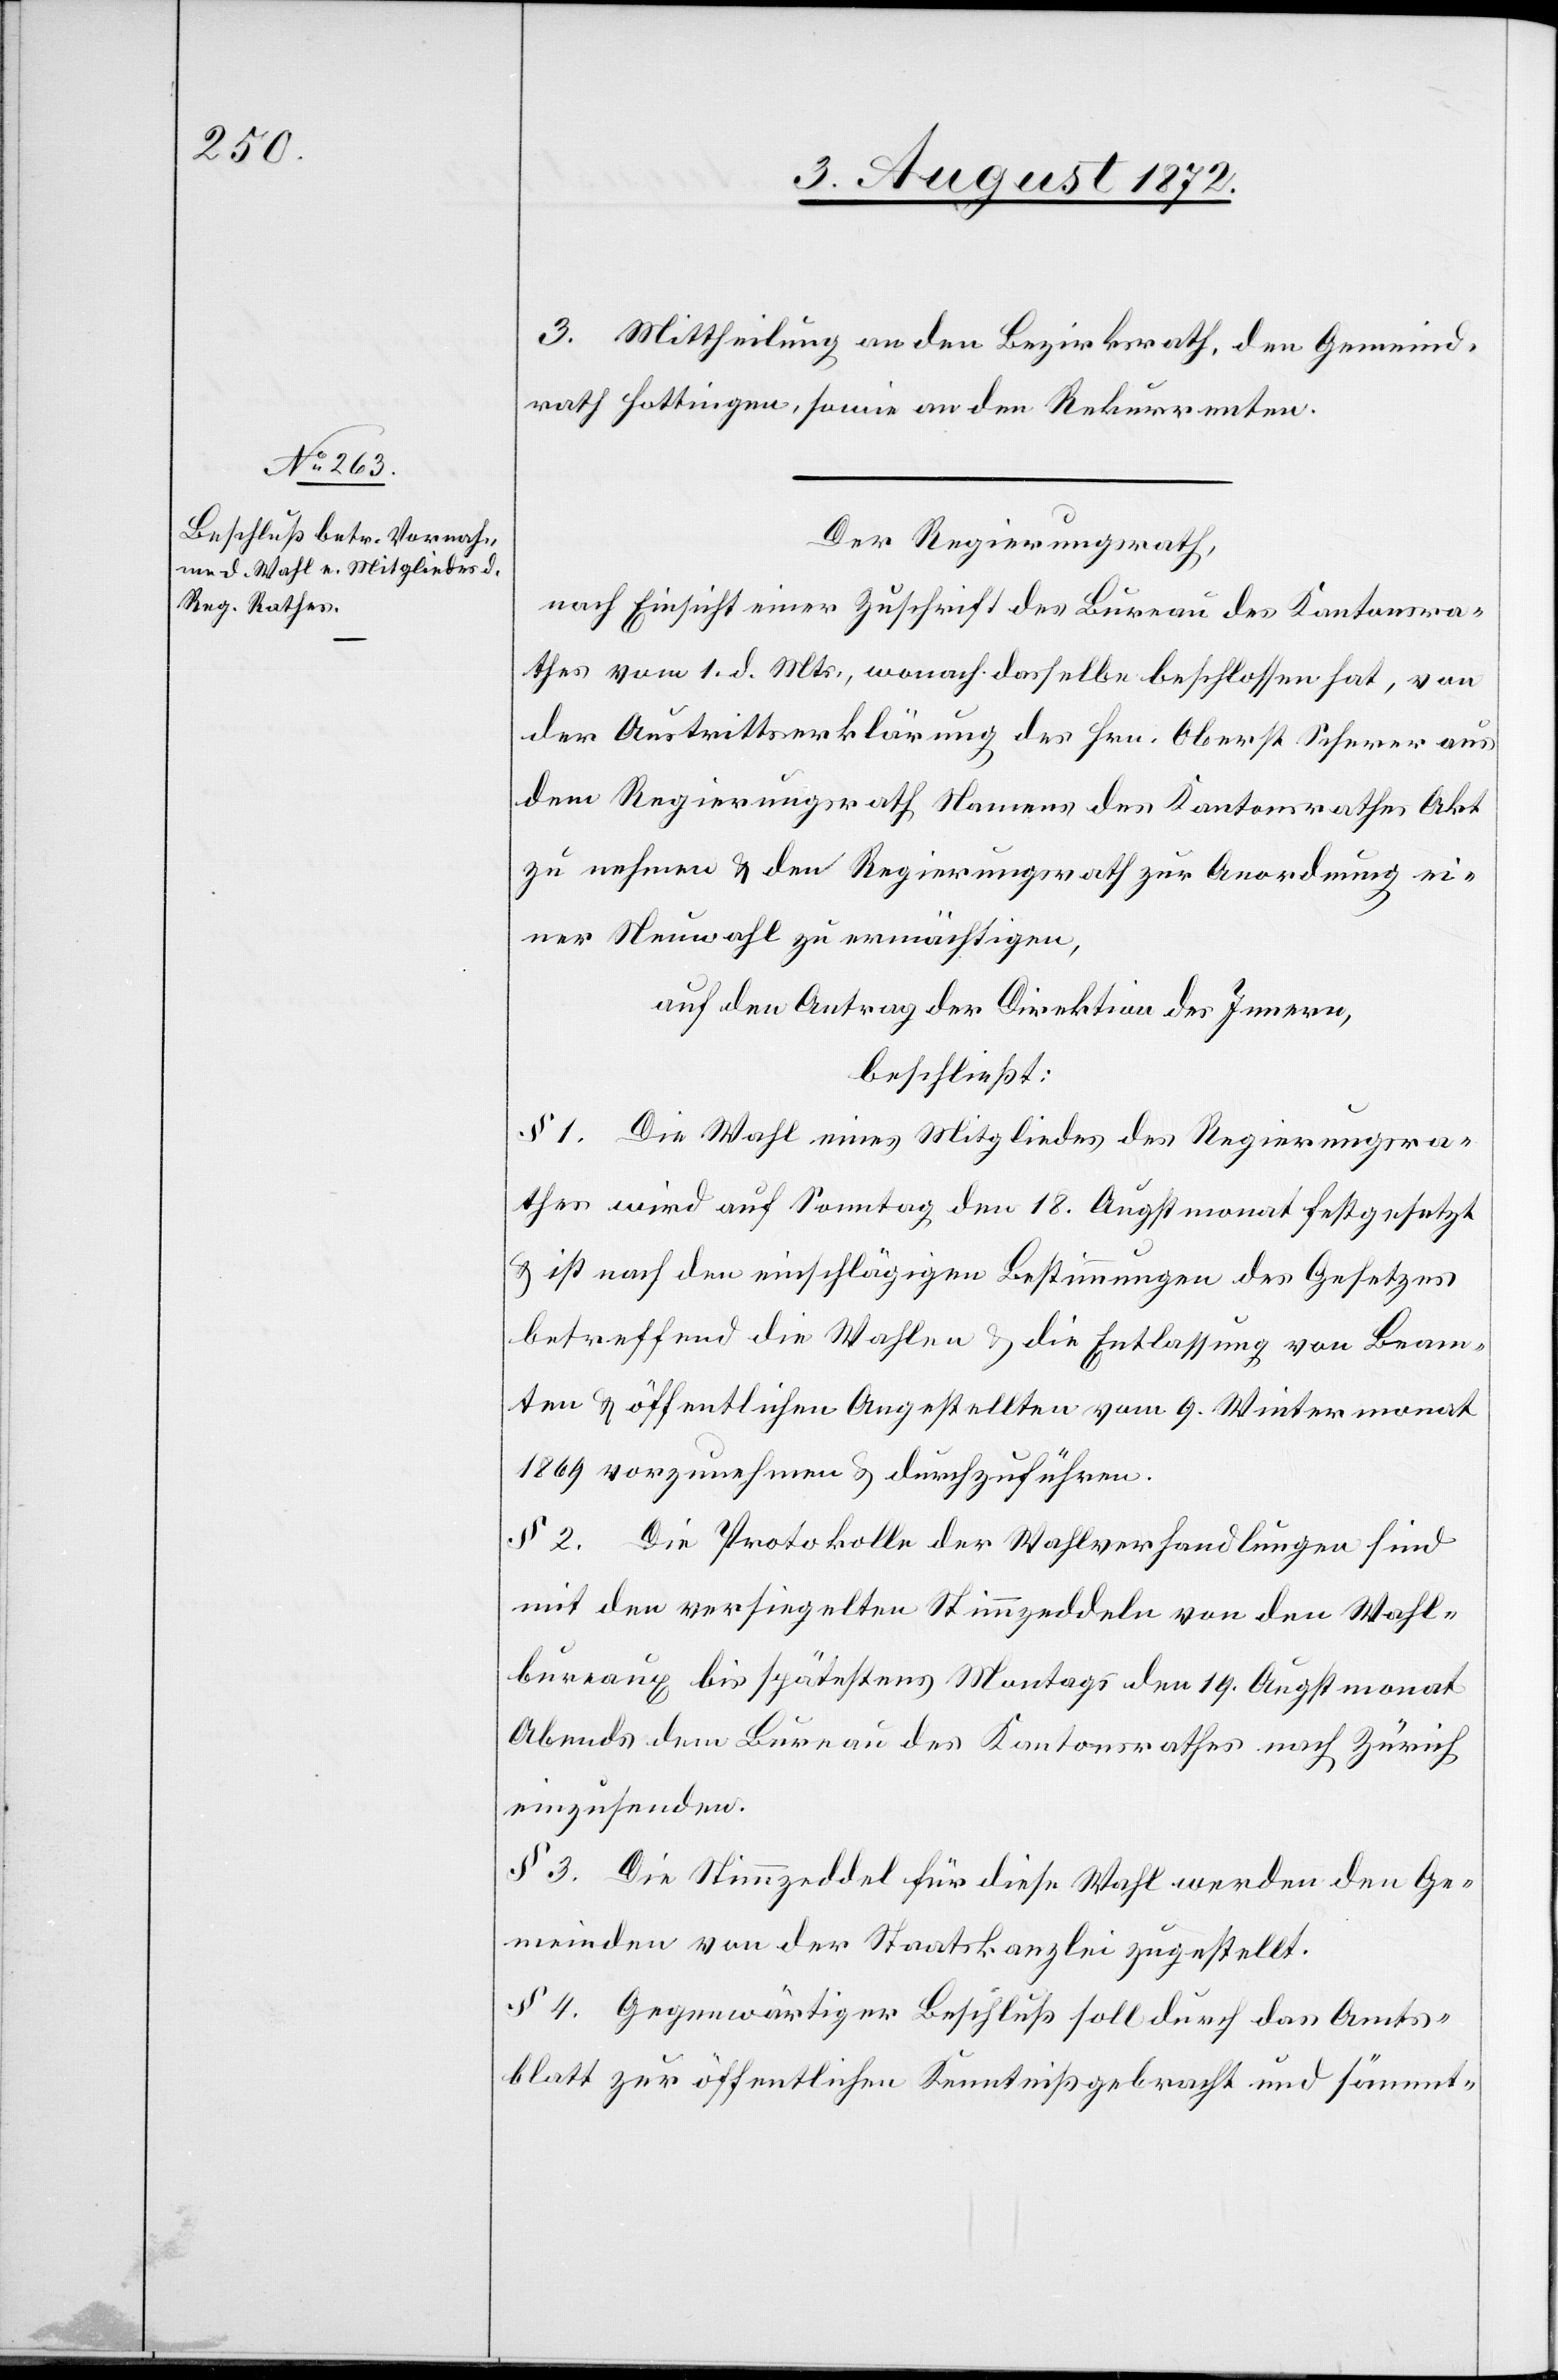
3. Mittheilung an den Bezirksrath, den Gemeind¬
rath Hottingen, sowie an den Rekurrenten.
Der Regierungsrath,
nach Einsicht einer Zuschrift des Bureau des Kantonsra¬
thes vom 1. d. Mts., wonach dasselbe beschlossen hat, von
der Austrittserklärung des Hrn. Oberst Scherer aus
dem Regierungsrath Namens des Kantonsrathes Akt
zu nehmen u. den Regierungsrath zur Anordnung ei¬
ner Neuwahl zu ermächtigen,
auf den Antrag der Direktion des Innern,
beschließt:
§ 1. Die Wahl eines Mitgliedes des Regierungsra¬
thes wird auf Sonntag den 18. Augstmonat festgesetzt
u. ist nach den einschlägigen Bestimmungen des Gesetzes
betreffend die Wahlen u. die Entlassung von Beam¬
ten u. öffentlichen Angestellten vom 9. Wintermonat
1869 vorzunehmen u. durchzuführen.
§ 2. Die Protokolle der Wahlverhandlungen sind
mit den versiegelten Stimmzeddeln von den Wahl¬
buraux bis spätestens Montags den 19. Augstmonat
Abends dem Bureau des Kantonsrathes nach Zürich
einzusenden.
§ 3. Die Stimmzeddel für diese Wahl werden den Ge¬
meinden von der Staatskanzlei zugestellt.
§ 4. Gegenwärtiger Beschluß soll durch das Amts¬
blatt zur öffentlichen Kenntniß gebracht und sämmt-